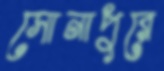
সোনাপুরে